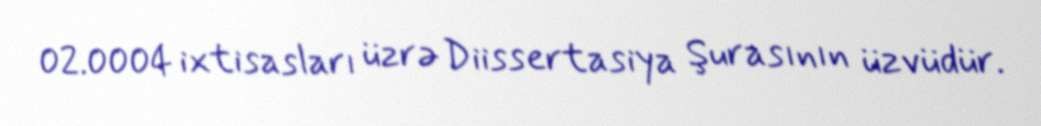
02.0004 ixtisasları üzrə Diissertasiya Şurasının üzvüdür.